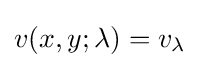
v(x,y;\lambda )=v_{\lambda }